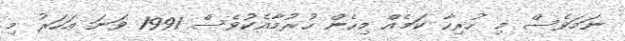
ނަމަވެސް މި ހުރިހާ ކަމެއް މިހެން ހުރުމާއެކުވެސް 1991 ވަނަ އަހަރު މި